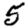
Digit: 5